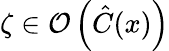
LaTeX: \zeta\in\mathcal{O}\left(\hat{C}(x)\right)